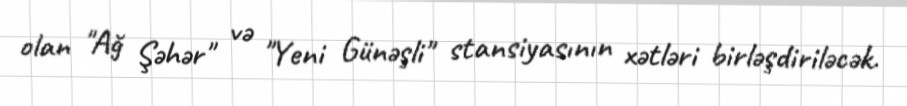
olan "Ağ Şəhər" və "Yeni Günəşli" stansiyasının xətləri birləşdiriləcək.